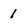
Character: 1